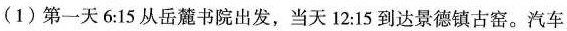
(1) 第一天 6:15 从岳麓书院出发，当天 12:15 到达景德镇古窑。汽车